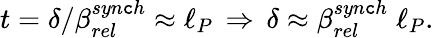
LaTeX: t=\delta/\beta_{rel}^{syn\mathtt{c}h}\approx\ell_{P}\, \Rightarrow\, \delta\approx\beta_{rel}^{syn\mathtt{c}h}\; \ell_{P}.